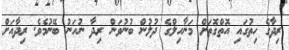
ރިދާގެ ހިތުގައި އޮތްގޮތަށް މަނާހިލްގެ ދުލުން ބުނުވަން ރިދާ ނުހަނު ބޭނުމެވެ. ރިދާއަށް